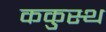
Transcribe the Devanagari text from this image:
ककुस्थ